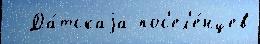
  Да́тскаjа пос'ел'е́нцев